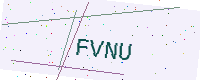
Text: FVNU